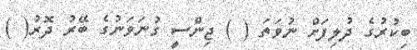
ބިކުރުގެ ދުލިފަށް ނުވަތަ ( ) ޖިންސީ ގުނަވަނުގެ ބޭރު ދޮރު( )